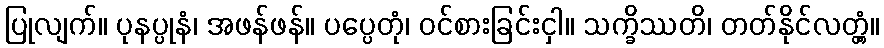
ပြုလျက်။ ပုနပ္ပုနံ၊ အဖန်ဖန်။ ပပ္ပေတုံ၊ ဝင်စားခြင်းငှါ။ သက္ခိဿတိ၊ တတ်နိုင်လတ္တံ့။